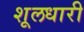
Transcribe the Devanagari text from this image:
शूलधारी